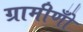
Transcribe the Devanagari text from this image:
ग्रामीणोँ